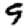
Digit: 9